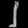
Digit: ၂